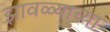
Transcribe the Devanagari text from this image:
झावळ्याच्या